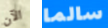
الآن سالما